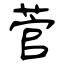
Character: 菅